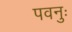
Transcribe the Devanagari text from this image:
पवनुः